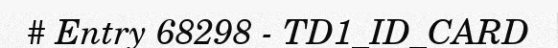
# Entry 68298 - TD1_ID_CARD